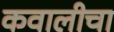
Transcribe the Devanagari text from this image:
कवालीचा